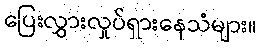
ပြေးလွှားလှုပ်ရှားနေသံများ။